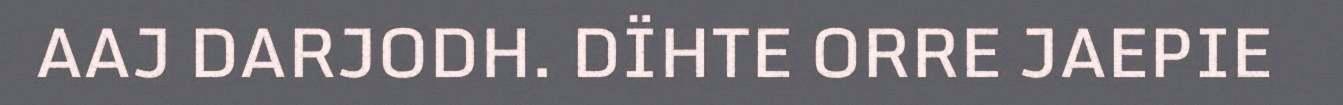
AAJ DARJODH. DÏHTE ORRE JAEPIE